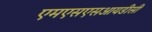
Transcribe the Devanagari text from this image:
एमएसएसआयडीसी